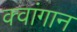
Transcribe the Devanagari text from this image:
क्वांगान